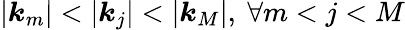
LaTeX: |\boldsymbol{k}_{m}|<|\boldsymbol{k}_{j}|<|\boldsymbol{k}_{M}|,\ \forall m<j<M